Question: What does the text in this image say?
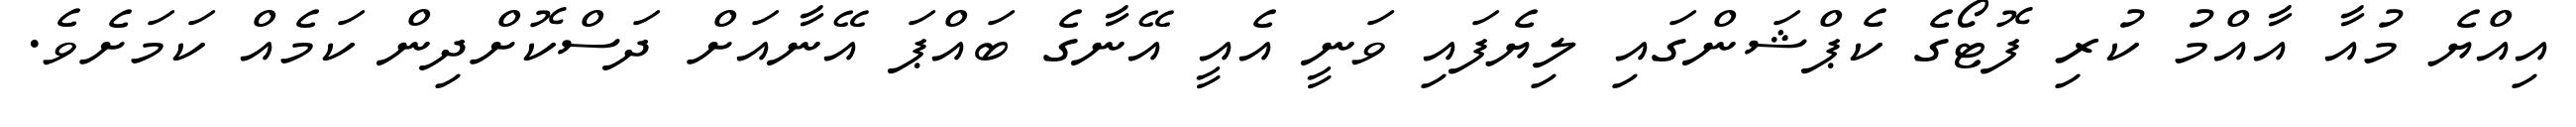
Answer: އިއްޔެ މުއާ އާއްމު ކުރި ފޮޓޯގެ ކެޕްޝަންގައި ލިޔެފައި ވަނީ އެއީ އޭނާގެ ބައްޕަ އޭނާއަށް ދަސްކޮށްދިން ކަމެއް ކަމަށެވެ.